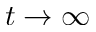
t \to \infty